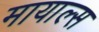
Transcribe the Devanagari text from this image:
मायाल्स